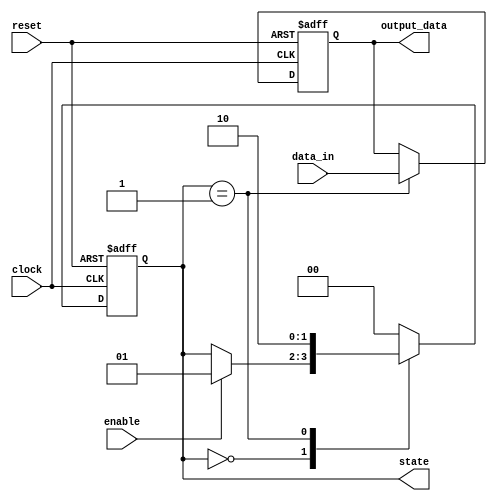
module simple_fsm (
    input wire clock,
    input wire reset,
    input wire enable,
    input wire [1:0] data_in,
    output reg [1:0] state,
    output reg [1:0] output_data
);

    // State encoding
    parameter STATE_IDLE = 2'b00;
    parameter STATE_PROCESS = 2'b01;
    parameter STATE_DONE = 2'b10;

    // Sequential logic block
    always @(posedge clock or posedge reset) begin
        if (reset) begin
            // Asynchronous reset
            state <= STATE_IDLE;
            output_data <= 2'b00;
        end else begin
            // State transition logic
            case (state)
                STATE_IDLE: begin
                    if (enable) begin
                        state <= STATE_PROCESS;
                    end
                end

                STATE_PROCESS: begin
                    // Example of processing input data
                    output_data <= data_in; // Update output based on input
                    state <= STATE_DONE;     // Transition to DONE state
                end

                STATE_DONE: begin
                    // Example of returning to IDLE state
                    state <= STATE_IDLE;
                end

                default: begin
                    state <= STATE_IDLE; // Default to IDLE state
                end
            endcase
        end
    end

endmodule